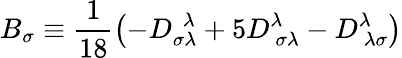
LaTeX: B_{\sigma}\equiv\frac{1}{18}\left(-D_{\sigma\lambda}^{~~\lambda}+5D_{~\sigma\lambda}^{\lambda}-D_{~\lambda\sigma}^{\lambda}\right)